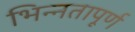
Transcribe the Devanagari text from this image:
भिन्‍नतापूर्ण